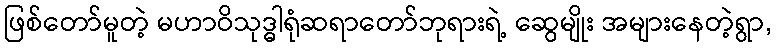
ဖြစ်တော်မူတဲ့ မဟာဝိသုဒ္ဓါရုံဆရာတော်ဘုရားရဲ့ ဆွေမျိုး အများနေတဲ့ရွာ,